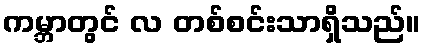
ကမ္ဘာတွင် လ တစ်စင်းသာရှိသည်။